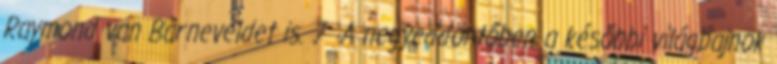
Raymond van Barneveldet is. 7 A negyeddöntőben a későbbi világbajnok